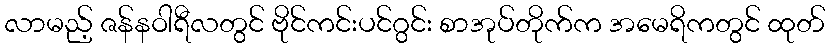
လာမည့် ဇန်နဝါရီလတွင် ဗိုင်ကင်းပင်ဂွင်း စာအုပ်တိုက်က အမေရိကတွင် ထုတ်